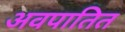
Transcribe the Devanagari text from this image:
अवपातित